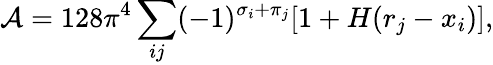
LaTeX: {\cal A}=128\pi^{4}\sum_{ij}(-1)^{\sigma_{i}+\pi_{j}}[1+H(r_{j}-x_{i})],